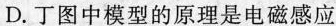
D.丁图中模型的原理是电磁感应